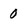
Character: 0